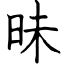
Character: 昧